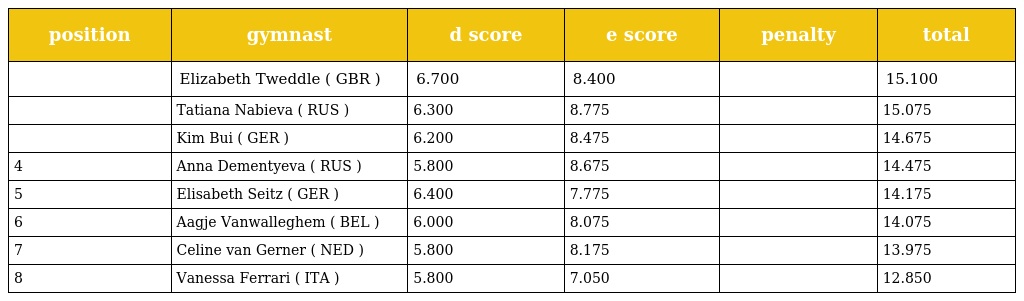
| position | gymnast | d score | e score | penalty | total |
 | --- | --- | --- | --- | --- | --- |
 |  | Elizabeth Tweddle ( GBR ) | 6.700 | 8.400 |  | 15.100 |
 |  | Tatiana Nabieva ( RUS ) | 6.300 | 8.775 |  | 15.075 |
 |  | Kim Bui ( GER ) | 6.200 | 8.475 |  | 14.675 |
 | 4 | Anna Dementyeva ( RUS ) | 5.800 | 8.675 |  | 14.475 |
 | 5 | Elisabeth Seitz ( GER ) | 6.400 | 7.775 |  | 14.175 |
 | 6 | Aagje Vanwalleghem ( BEL ) | 6.000 | 8.075 |  | 14.075 |
 | 7 | Celine van Gerner ( NED ) | 5.800 | 8.175 |  | 13.975 |
 | 8 | Vanessa Ferrari ( ITA ) | 5.800 | 7.050 |  | 12.850 |